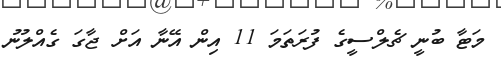
މަޓާ ބުނީ ޗެލްސީގެ ފުރަތަމަ 11 އިން އޭނާ އަށް ޖާގަ ގެއްލުނު